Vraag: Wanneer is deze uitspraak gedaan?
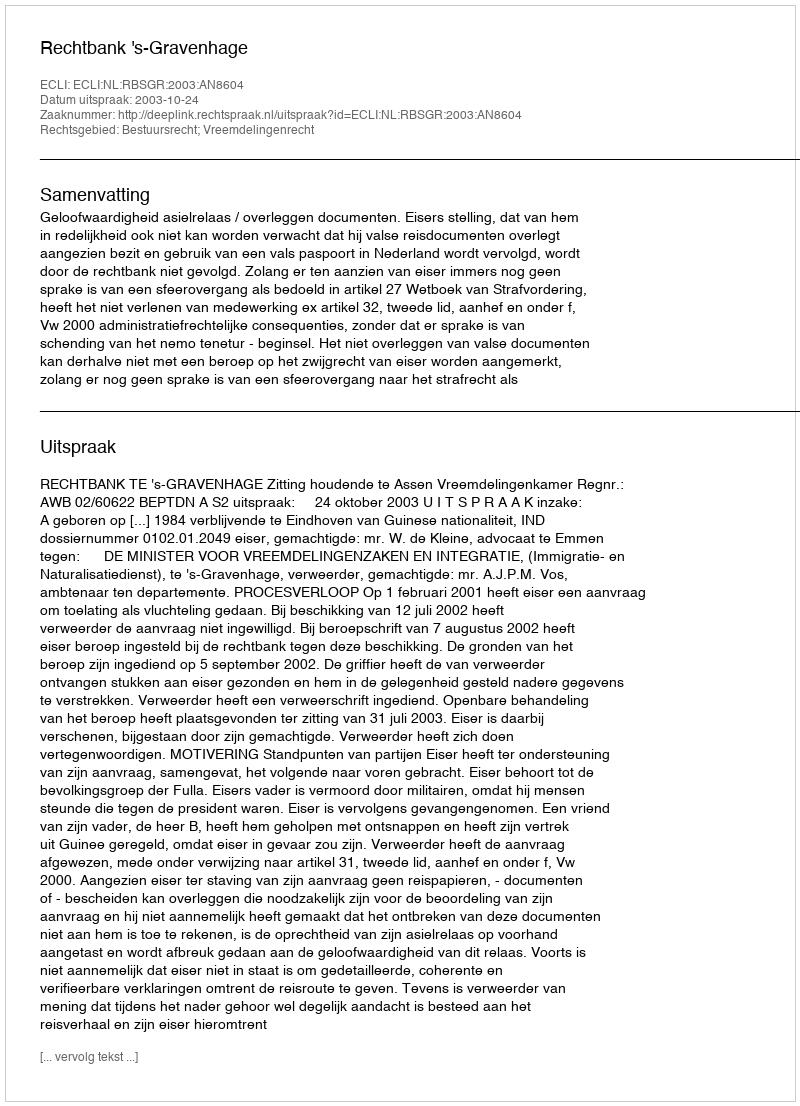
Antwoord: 2003-10-24